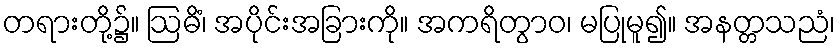
တရားတို့၌။ ဩဓိံ၊ အပိုင်းအခြားကို။ အကရိတွာဝ၊ မပြုမူ၍။ အနတ္တသညံ၊